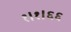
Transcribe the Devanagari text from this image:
१।१।६६